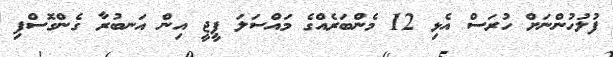
ފުލުހުންނަށް ހުރަސް އެޅި 12 މެންބަރެއްގެ މައްސަލަ ޕީޖީ އިން އަނބުރާ ގެންގޮސްފި